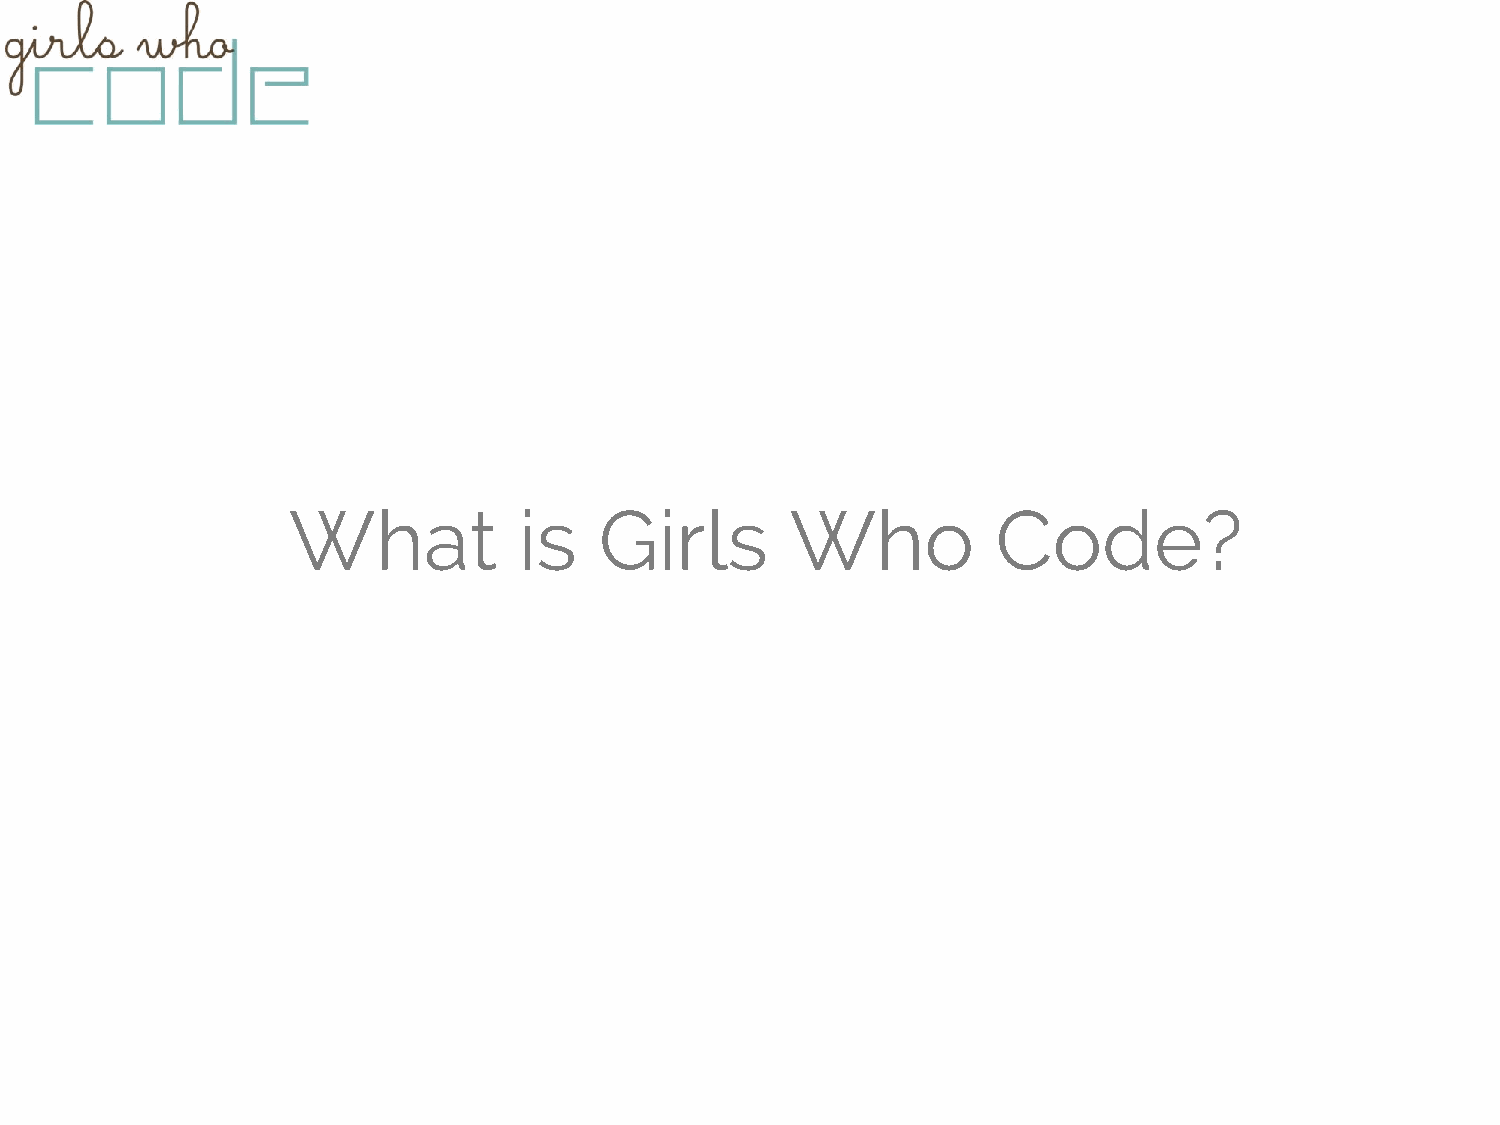
What           is    Girls       Who           Code?